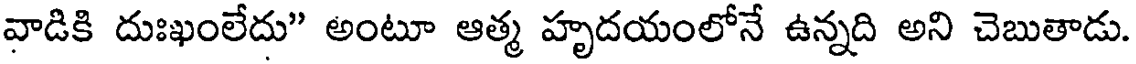
వాడికి దుఃఖంలేదు" అంటూ ఆత్మ హృదయంలోనే ఉన్నది అని చెబుతాడు.